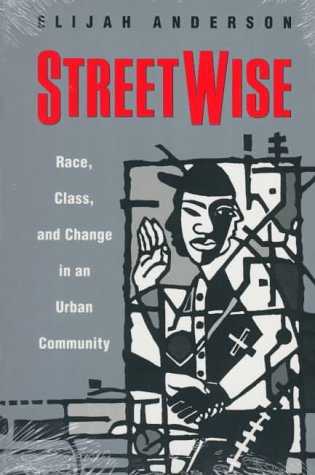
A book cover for Streetwise: Race, Class, and Change in an Urban Community; Elijah Anderson; Politics & Social Sciences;